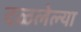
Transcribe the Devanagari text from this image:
दळलेल्या